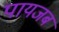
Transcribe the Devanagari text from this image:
पायजब